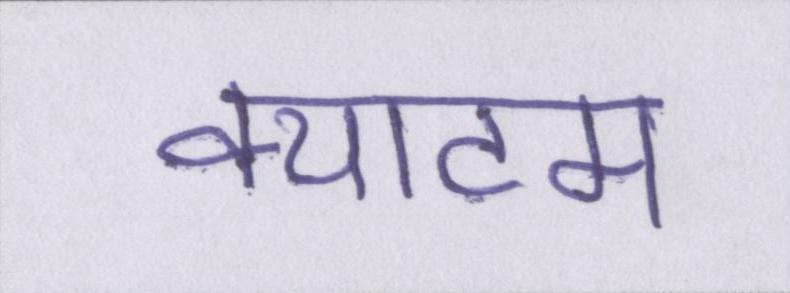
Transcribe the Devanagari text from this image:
क्याटम